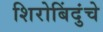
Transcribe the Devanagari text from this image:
शिरोबिंदुंचे